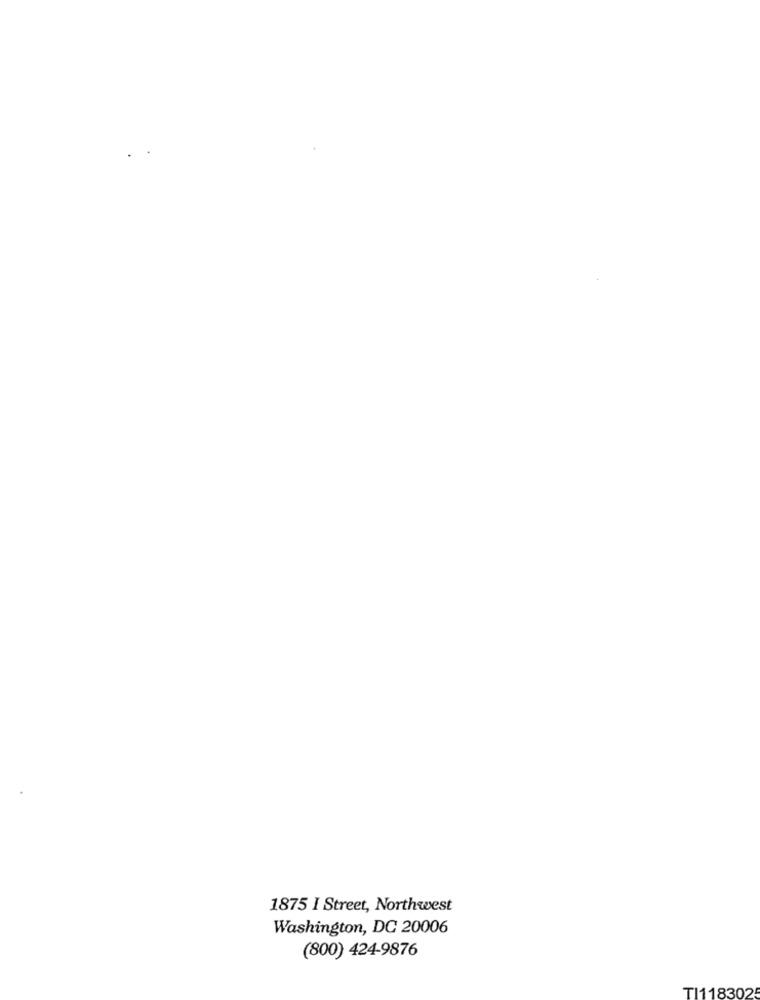
1875 I Street, Northwest
Washington, DC 20006
(800) 424-9876
TI118302